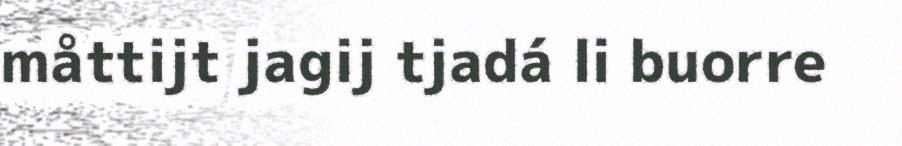
måttijt jagij tjadá li buorre